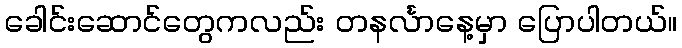
ခေါင်းဆောင်တွေကလည်း တနင်္လာနေ့မှာ ပြောပါတယ်။